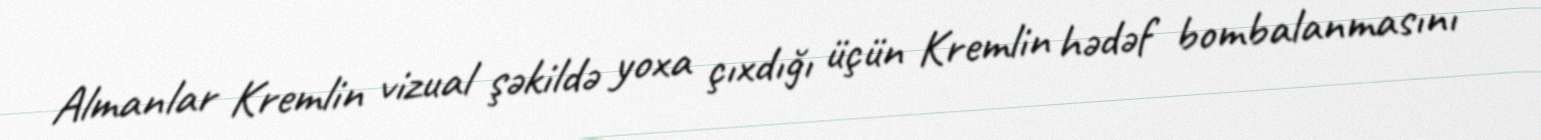
Almanlar Kremlin vizual şəkildə yoxa çıxdığı üçün Kremlin hədəf bombalanmasını